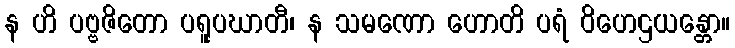
န ဟိ ပဗ္ဗဇိတော ပရူပဃာတီ၊ န သမဏော ဟောတိ ပရံ ဝိဟေဌယန္တော။